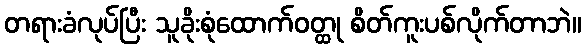
တရားခံလုပ်ပြီး သူခိုးစုံထောက်ဝတ္ထု စိတ်ကူးပစ်လိုက်တာဘဲ။